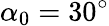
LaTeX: \alpha_{0}=30^{\circ}